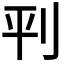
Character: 𫥶